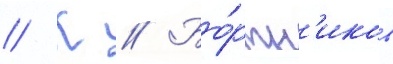
// К // Бо́ртн'иков